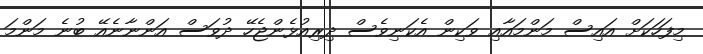
މިފަހަކަށް އައިސް މަންމައާއި ވަކިން އެކަނިވެސް ދިރިއުޅެންޖެހޭ ދުވަސް އަންނާނެއޭ ބުނެ މަންމަ